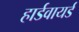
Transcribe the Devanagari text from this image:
हार्डवायर्ड